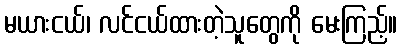
မယားငယ်၊ လင်ငယ်ထားတဲ့သူတွေကို မေးကြည့်။